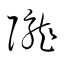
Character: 隴